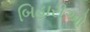
બિહારીઓ